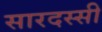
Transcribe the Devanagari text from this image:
सारदस्सी